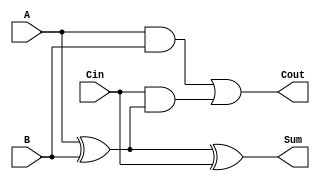
module tree_structured_full_adder (
    input wire A,      // First binary input
    input wire B,      // Second binary input
    input wire Cin,    // Carry-in
    output wire Sum,   // Sum output
    output wire Cout   // Carry-out output
);

// Intermediate signals
wire A_xor_B;        // Intermediate result of A XOR B

// Layer 1: Calculate Sum using XOR gates
assign A_xor_B = A ^ B; // A XOR B
assign Sum = A_xor_B ^ Cin; // (A XOR B) XOR Cin

// Layer 2: Calculate Cout using AND and OR gates
assign Cout = (A & B) | (Cin & A_xor_B); // (A AND B) OR (Cin AND (A XOR B))

endmodule